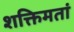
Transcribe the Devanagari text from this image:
शक्तिमतां